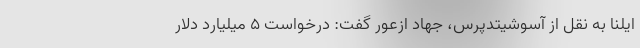
ایلنا به نقل از آسوشیتدپرس، جهاد ازعور گفت: درخواست ۵ میلیارد دلار